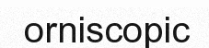
orniscopic